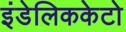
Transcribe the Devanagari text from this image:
इंडेलिककेटो